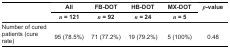
<table><thead><tr><td rowspan="3"></td><td><b>All</b></td><td><b>FB-DOT</b></td><td><b>HB-DOT</b></td><td><b>MX-DOT</b></td><td rowspan="3"><b><i>p</i>-value</b></td></tr><tr><td><b><i>n</i> = 121</b></td><td><b><i>n</i> = 92</b></td><td><b><i>n</i> = 24</b></td><td><b><i>n</i> = 5</b></td></tr></thead><tbody><tr><td>Number of cured patients (cure rate)</td><td>95 (78.5%)</td><td>71 (77.2%)</td><td>19 (79.2%)</td><td>5 (100%)</td><td>0.48</td></tr></tbody></table>